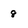
Character: 8